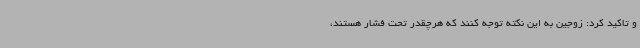
و تاکید کرد: زوجین به این نکته توجه کنند که هرچقدر تحت فشار هستند،